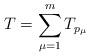
LaTeX: \begin{align*} T = \sum^m_{\mu = 1} T_{p_\mu} \end{align*}